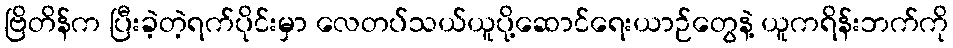
ဗြိတိန်က ပြီးခဲ့တဲ့ရက်ပိုင်းမှာ လေတပ်သယ်ယူပို့ဆောင်ရေးယာဉ်တွေနဲ့ ယူကရိန်းဘက်ကို